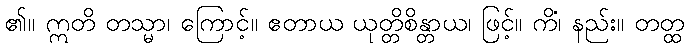
၏။ ဣတိ တသ္မာ၊ ကြောင့်။ ဧတာယ ယုတ္တိစိန္တာယ၊ ဖြင့်။ ကိံ၊ နည်း။ တတ္ထ